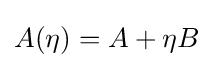
A(\eta )=A+\eta B